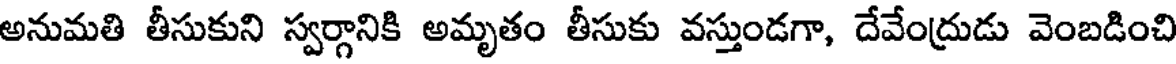
అనుమతి తీసుకుని స్వర్గానికి అమృతం తీసుకు వస్తుండగా, దేవేంద్రుడు వెంబడించి